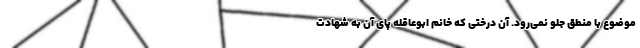
موضوع با منطق جلو نمی‌رود. آن درختی که خانم ابوعاقله پای آن به شهادت